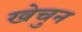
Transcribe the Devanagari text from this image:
खेचुन